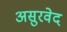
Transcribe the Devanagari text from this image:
असुरवेद